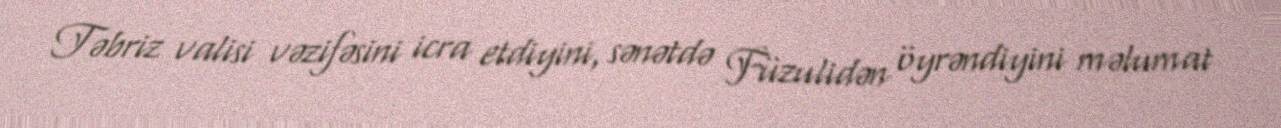
Təbriz valisi vəzifəsini icra etdiyini, sənətdə Füzulidən öyrəndiyini məlumat